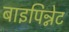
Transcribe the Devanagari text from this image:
बाइपिन्नेट